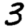
Digit: 3